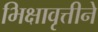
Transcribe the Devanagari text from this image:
भिक्षावृत्तीने